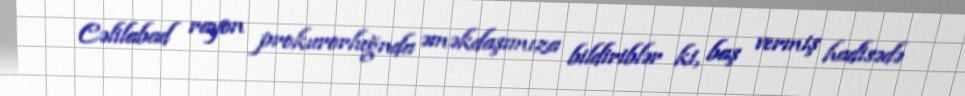
Cəlilabad rayon prokurorluğnda əməkdaşımıza bildiriblər ki, baş vermiş hadisədə